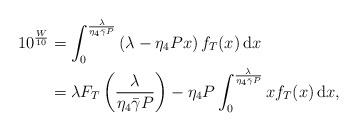
LaTeX: \begin{align*}10^{\frac{W}{10}}& = \int_0^{\frac{\lambda}{\eta_4\bar{\gamma}P}}\left(\lambda-{\eta_4}P x\right)f_{T}(x)\,\mathrm{d}x \\& = \lambda F_{T}\left(\frac{\lambda}{\eta_4\bar{\gamma}P}\right)- {\eta_4}P \int_0^{\frac{\lambda}{\eta_4\bar{\gamma}P}}xf_{T}(x)\,\mathrm{d}x, \end{align*}